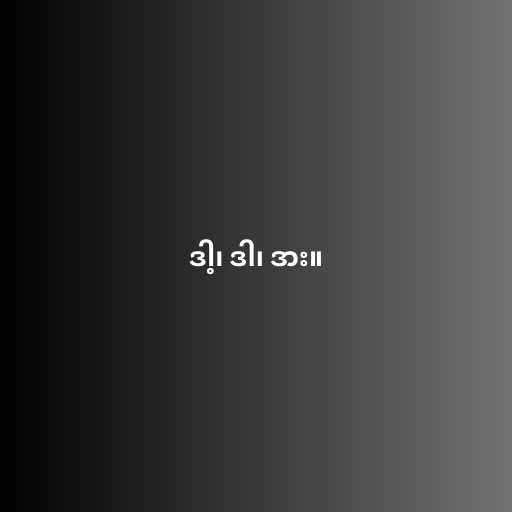
ဒါ့၊ ဒါ၊ ဒား။